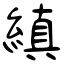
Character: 縝